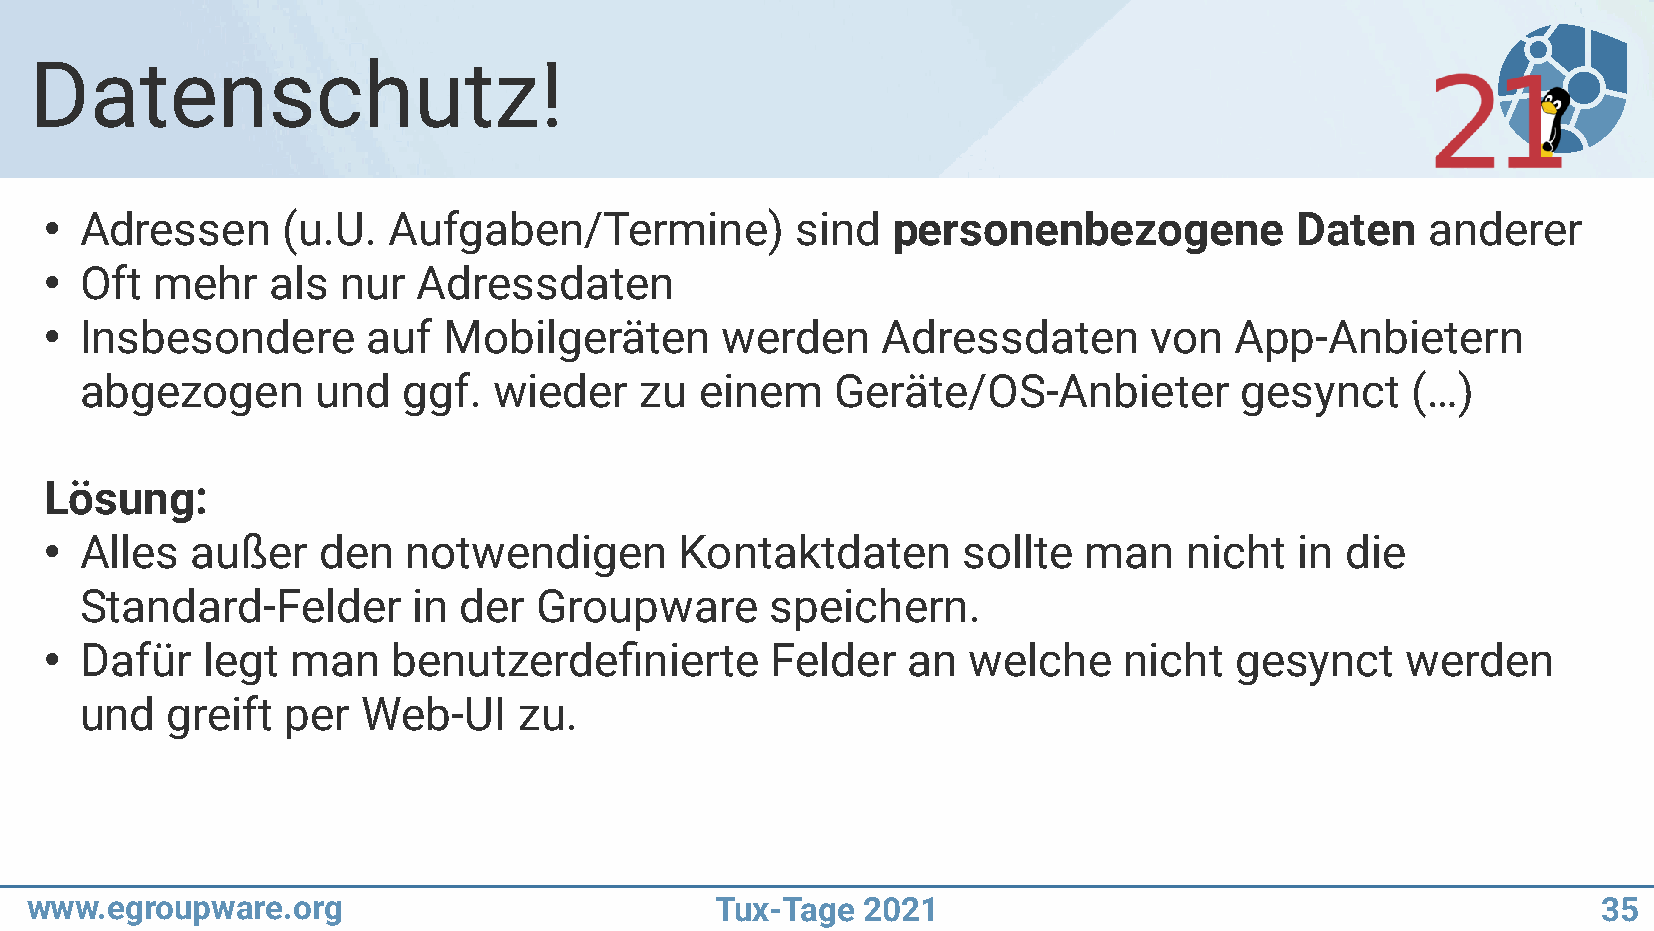
Datenschutz!
 Adressen      (u.U.  Aufgaben/Termine)          sind  personenbezogene           Daten    anderer
 ●
 Oft  mehr    als  nur  Adressdaten
 ●
 Insbesondere       auf  Mobilgeräten       werden    Adressdaten       von   App-Anbietern
 ●
 abgezogen       und   ggf.  wieder   zu  einem    Geräte/OS-Anbieter         gesynct    (…)
 Lösung:
 Alles   außer   den   notwendigen       Kontaktdaten       sollte  man   nicht   in die
 ●
 Standard-Felder       in der   Groupware      speichern.
 Dafür   legt  man    benutzerdefinierte       Felder   an  welche    nicht   gesynct    werden
 ●
 und   greift  per  Web-UI    zu.
 www.egroupware.org                           Tux-Tage  2021                                             35